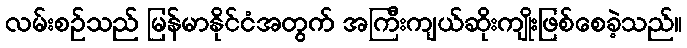
လမ်းစဉ်သည် မြန်မာနိုင်ငံအတွက် အကြီးကျယ်ဆိုးကျိုးဖြစ်စေခဲ့သည်။